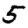
Digit: 5